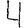
Digit: 4